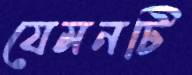
যেমনটি